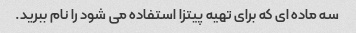
سه ماده ای که برای تهیه پیتزا استفاده می شود را نام ببرید.